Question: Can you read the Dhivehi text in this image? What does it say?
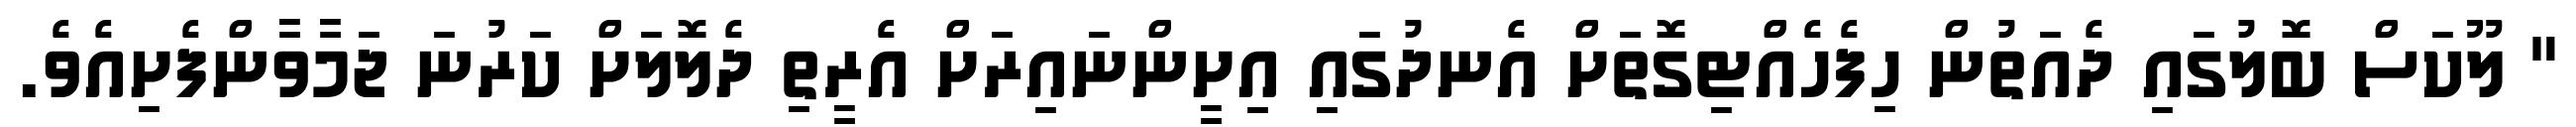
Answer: " ލޫކަސް ބޮލުގައި ދެއަތުން ހިފެހެއްޓިގޮތަށް އެނދުގައި އިށީންނައިރަށް އެރީތި ދެލޮލަށް ކަރުނަ ޖަމާވާންފެށިއެވެ.